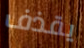
يقذف